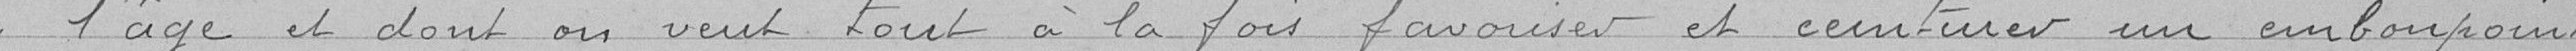
l'âge et dont on veut tout à la fois favoriser et ceinturer un embonpoint